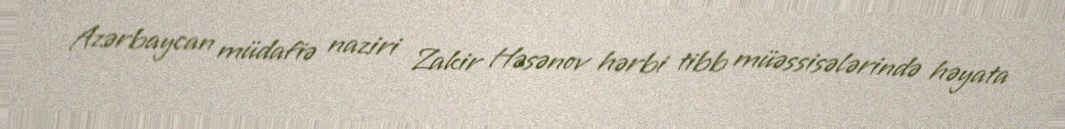
Azərbaycan müdafiə naziri Zakir Həsənov hərbi tibb müəssisələrində həyata